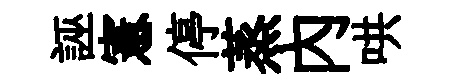
誣憲停蒸内哄